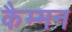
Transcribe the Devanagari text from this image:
कैम्मन